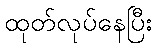
ထုတ်လုပ်နေပြီး